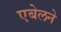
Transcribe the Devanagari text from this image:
एबेलने